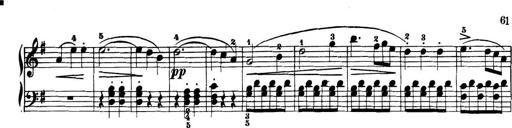
Title: 32 Sonatinas and Rondos for the Piano
Composer: Richard Kleinmichel